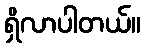
ရှိလာပါတယ်။